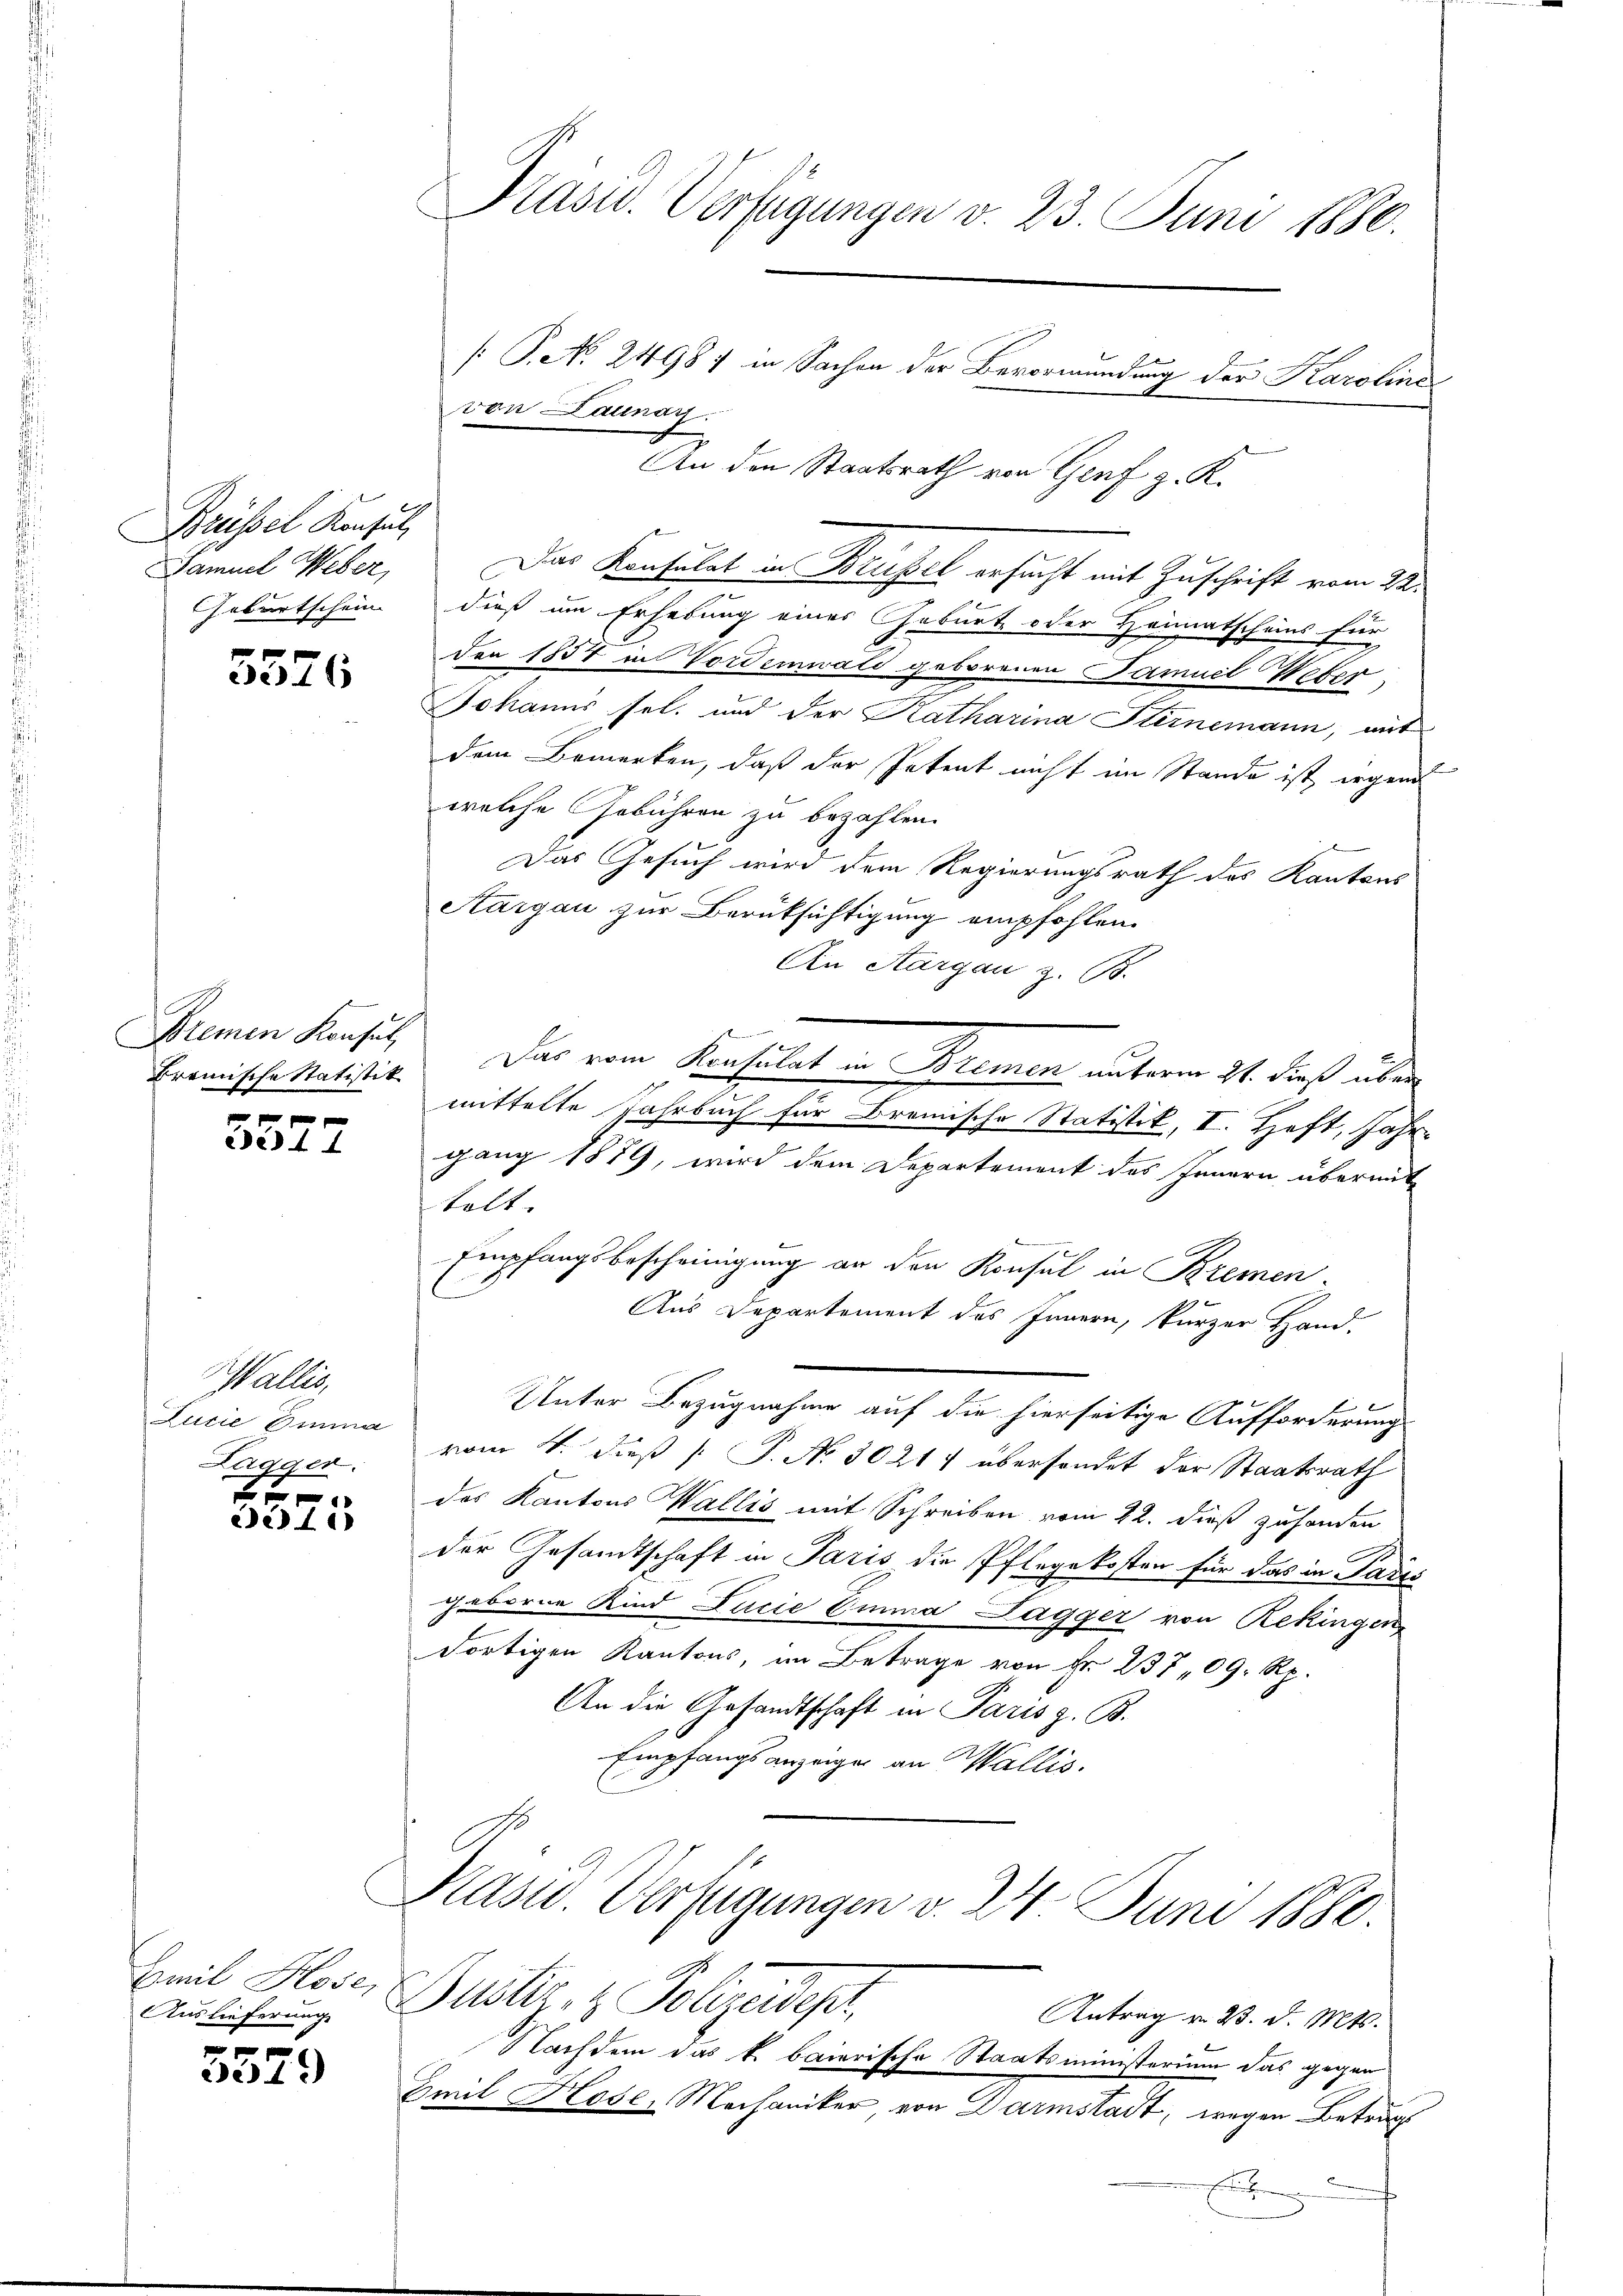
Brüssel Konsul,
Samuel Weber,

3526

Bremen Konsul

de44

Wallis,
Lagger.

f 0 x
dedie

Emil Hose,
Auslieferung

x x
224.

Präsid. Verfügungen v. 23. Juni 1880.
[P.No. 24987 in Sachen der Bevormundung der Karoline
von Launay.

An den Staatsrath von Genf z. K.
Das Konsulat in Briefel ersucht mit Zuschrift vom 22.
Geburtschein dieß um Erhebung eines Geburt oder Heimatscheins für
den 1857 in Vordemwald geborenen Samuel Weber-
Johanns sel. und der Katharina Sternemann, mit
dem Bemerken, daß der Petent nicht im Stande ist, irgen
welche Gebühren zu bezahlen.
Das Gesuch wird dem Regierungsrath des Kantons
Aargau zur Berüksichtigung empfohlen.
An Aargau z. B.
tremische Satistik. Das vom Konsulat in Bremen unterm 21. dieß über
mittelte Jahrbuch für Bremische Statistik, I. Heft, Jahr
gang 1879, wird dem Departement des Innern übermit
telt.
Empfangsbescheinigung an den Konsul in Kremen
Aus Departement des Innern, kurzer Hand.
Unter Bezugnahme auf die hierseitige Aufforderung
Lucia Emma vom 4. dieß P. Nr. 30214 übersendet der Staatsrath
des Kantons Wallis mit Schreiben vom 22. dieß zuhanden
der Gesandtschaft in Paris die Pflegekosten für das in Parts
geboren Kind Lucie Emma Lagger von Rekingen
dortigen Kantons, im Betrage von Fr. 237 09 Rp.
An die Gesandtschaft in Paris z. B.
Empfangsanzeigen an Wallis.
Prasw. Verfügungen v. 24. Juni 1880.
Bustr. z. Polizeidep
Antrag v. 23. d. Mts.
Nachdem das k. baierische Staatsministerium das gegen
Emil Hose, Mechaniker, von Darmstadt, wegen Betrug
E